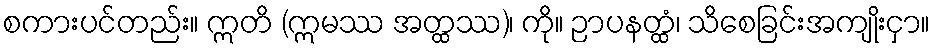
စကားပင်တည်း။ ဣတိ (ဣမဿ အတ္ထဿ)၊ ကို။ ဉာပနတ္ထံ၊ သိစေခြင်းအကျိုးငှာ။